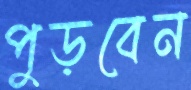
পুড়বেন